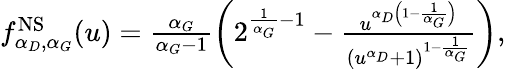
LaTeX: \begin{array}{r}{f_{\alpha_{D},\alpha_{G}}^{\mathrm{NS}}(u)=\frac{\alpha_{G}}{\alpha_{G}-1}\left(2^{\frac{1}{\alpha_{G}}-1}-\frac{u^{\alpha_{D}\left(1-\frac{1}{\alpha_{G}}\right)}}{(u^{\alpha_{D}}+1)^{1-\frac{1}{\alpha_{G}}}}\right),}\end{array}